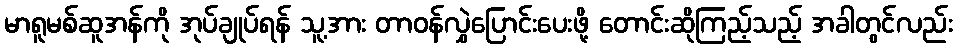
မာရူမစ်ဆူအန်ကို အုပ်ချုပ်ရန် သူ့အား တာဝန်လွှဲပြောင်းပေးဖို့ တောင်းဆိုကြည့်သည့် အခါတွင်လည်း